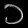
Digit: ၁